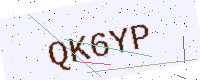
Text: QK6YP